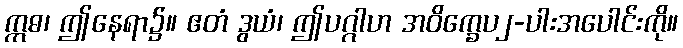
ဣဓ၊ ဤနေရာ၌။ ဧတံ ဒွယံ၊ ဤပဂ္ဂါဟ အဝိက္ခေပ၂-ပါးအပေါင်းကို။